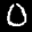
Label: 0